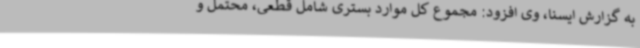
به گزارش ایسنا، وی افزود: مجموع کل موارد بستری شامل قطعی، محتمل و